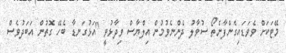
މޭޓަކަށް ވެވަޑައިގެންފާނެތޯ ސުވާލު ދެންނެވުމުން އިލްޔާސް ވިދާޅުވީ "އަޅުގަނޑާ ބެހޭ ގޮތުން އަބަދުވެސް